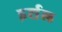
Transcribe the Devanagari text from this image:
इर्शल